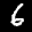
Label: 6